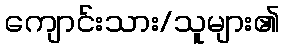
ကျောင်းသား/သူများ၏